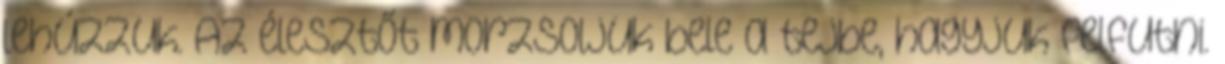
lehúzzuk. Az élesztőt morzsoljuk bele a tejbe, hagyjuk felfutni.